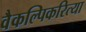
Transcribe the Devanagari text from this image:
वैकल्पिकरित्या